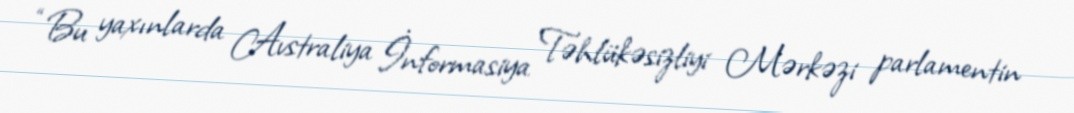
“Bu yaxınlarda Avstraliya İnformasiya Təhlükəsizliyi Mərkəzi parlamentin